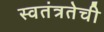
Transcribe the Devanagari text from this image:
स्वतंत्रतेची